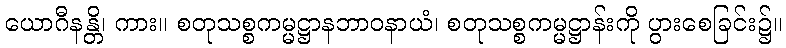
ယောဂီနန္တိ၊ ကား။ စတုသစ္စကမ္မဋ္ဌာနဘာဝနာယံ၊ စတုသစ္စကမ္မဋ္ဌာန်းကို ပွားစေခြင်း၌။